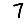
Digit: 7